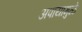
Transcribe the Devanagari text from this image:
अपायामुळे